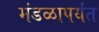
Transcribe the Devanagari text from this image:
मंडळापर्यंत